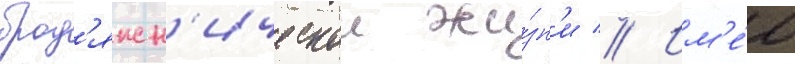
брод'яжн'ическои жи́зн'и // Им'е́л